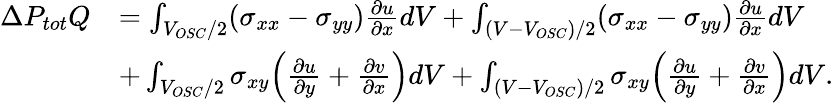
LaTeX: \begin{array}{rl}{\Delta P_{tot}Q}&{=\int_{V_{OSC}/2}(\sigma_{xx}-\sigma_{yy})\frac{\partial u}{\partial x}dV+\int_{(V-V_{OSC})/2}(\sigma_{xx}-\sigma_{yy})\frac{\partial u}{\partial x}dV}\\ &{+\int_{V_{OSC}/2}\sigma_{xy}\Bigl(\frac{\partial u}{\partial y}+\frac{\partial v}{\partial x}\Bigr)dV+\int_{(V-V_{OSC})/2}\sigma_{xy}\Bigl(\frac{\partial u}{\partial y}+\frac{\partial v}{\partial x}\Bigr)dV.}\end{array}